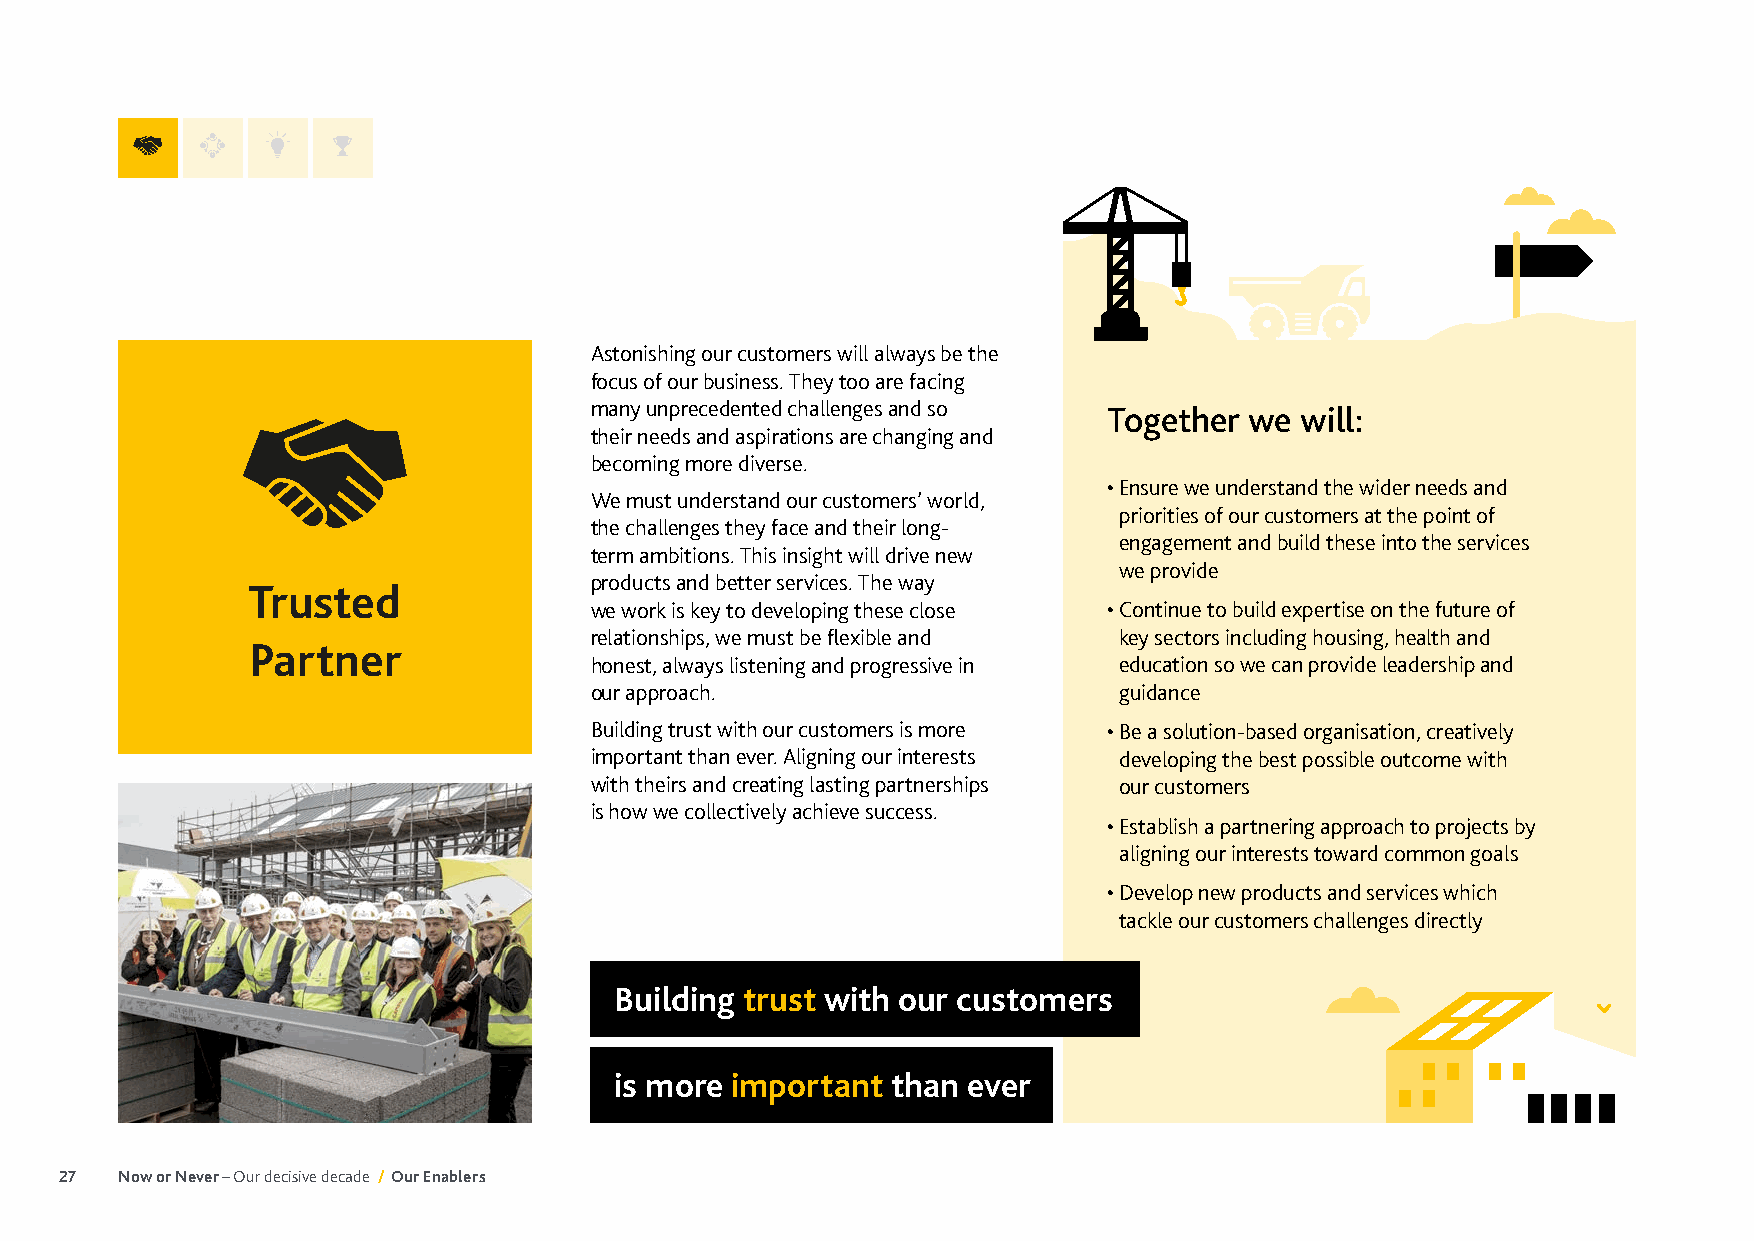
Astonishing our customers will always be the
 focus of our business. They too are facing
 many unprecedented challenges and so Together we will:
 their needs and aspirations are changing and
 becoming more diverse.
 • Ensure we understand the wider needs and
 We must understand our customers’ world,
 priorities of our customers at the point of
 the challenges they face and their long-
 engagement and build these into the services
 term ambitions. This insight will drive new
 we provide
 products and better services. The way
 Trusted
 we work is key to developing these close • Continue to build expertise on the future of
 relationships, we must be flexible and key sectors including housing, health and
 Partner
 honest, always listening and progressive in education so we can provide leadership and
 our approach.                      guidance
 Building trust with our customers is more • Be a solution-based organisation, creatively
 important than ever. Aligning our interests developing the best possible outcome with
 with theirs and creating lasting partnerships our customers
 is how we collectively achieve success.
 • Establish a partnering approach to projects by
 aligning our interests toward common goals
 • Develop new products and services which
 tackle our customers challenges directly
 Building trust with our customers
 is more important than ever
 27  Now or Never – Our decisive decade / Our Enablers